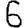
Digit: 6